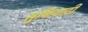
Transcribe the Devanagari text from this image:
सुफिवादी